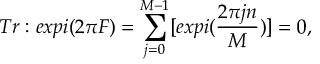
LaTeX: r _ { 0 } ^ { 2 } ( N ) = \bar { r } ^ { 2 } - \frac { 2 N } { g ( N ) } \, \frac { ( N - 1 ) ( N - 3 ) } { 4 \, \bar { r } ^ { 4 } } .